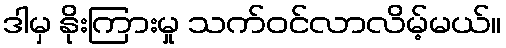
ဒါမှ နိုးကြားမှု သက်ဝင်လာလိမ့်မယ်။